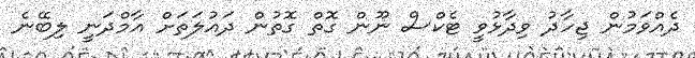
ދެއްވަމުން ޖިހާދު ވިދާޅުވީ ޓެކްސް ނޫން ގޮތް ގޮތުން ދައުލަތަށް އާމްދަނީ ލިބޭނެ